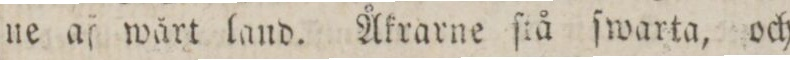
ne af wärt land. Åkrarne ſtå ſwarta, och